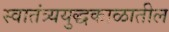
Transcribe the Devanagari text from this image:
स्वातंत्र्ययुद्धकाळातील